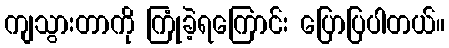
ကျသွားတာကို ကြုံခဲ့ရကြောင်း ပြောပြပါတယ်။